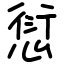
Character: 愆